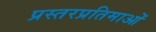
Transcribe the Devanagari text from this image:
प्रस्तरप्रतिमाओं